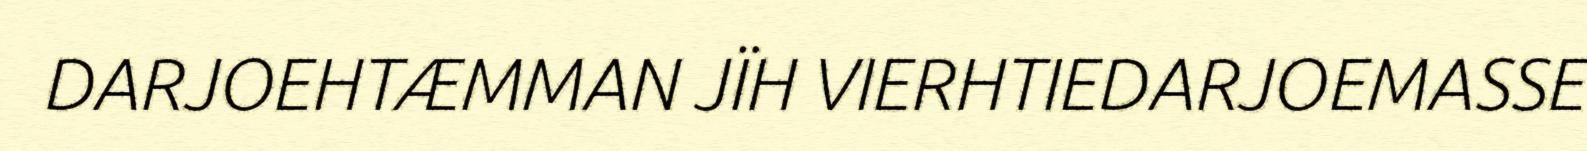
DARJOEHTÆMMAN JÏH VIERHTIEDARJOEMASSE